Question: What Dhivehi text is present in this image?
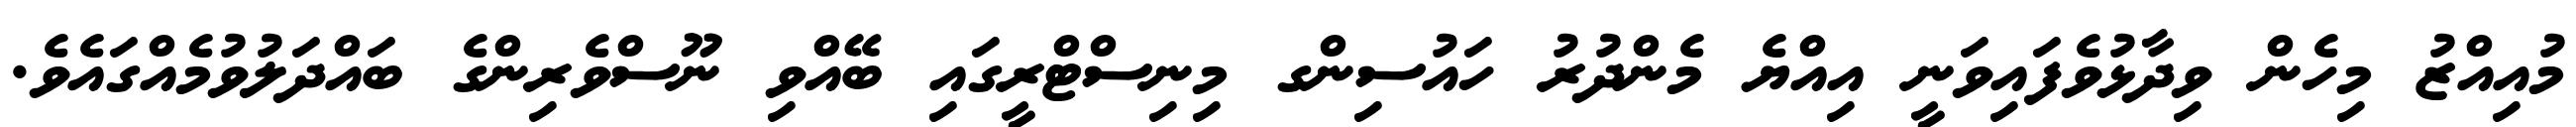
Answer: މުއިއްޒު މިހެން ވިދާޅުވެފައިވަނީ އިއްޔެ މެންދުރު ހައުސިންގ މިނިސްޓްރީގައި ބޭއްވި ނޫސްވެރިންގެ ބައްދަލުވުމެއްގައެވެ.